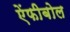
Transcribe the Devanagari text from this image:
ऐंफीबोल